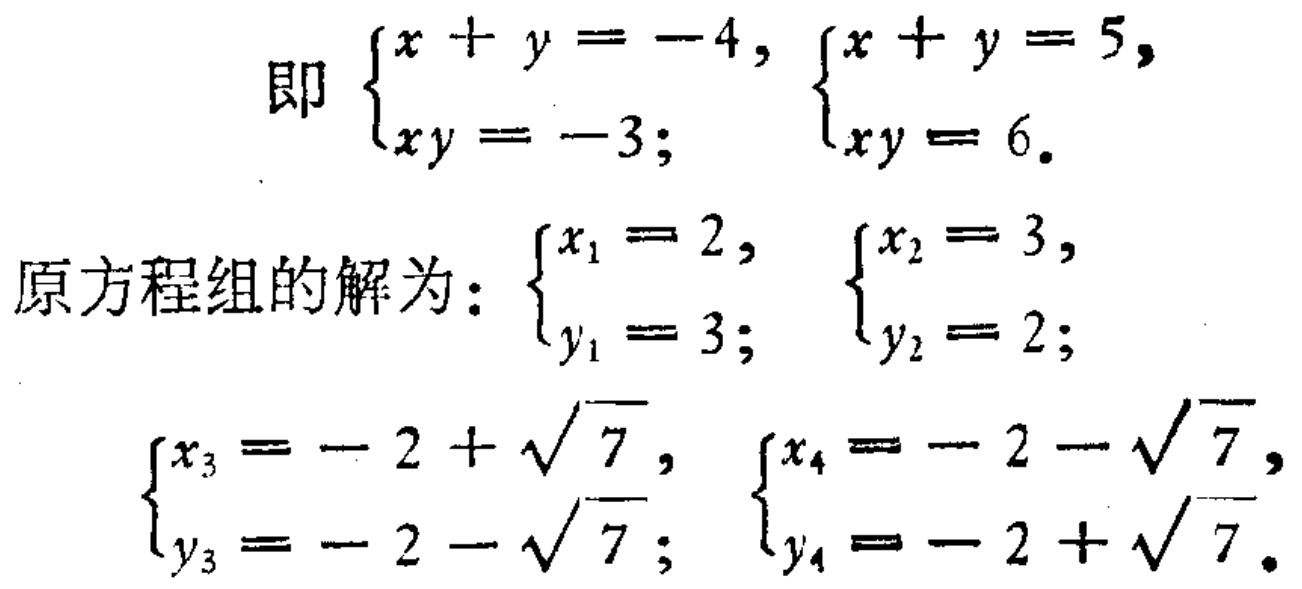
即
\(\begin{cases}
x + y = -4, \\
xy = -3;
\end{cases}\)
\(\begin{cases}
x + y = 5, \\
xy = 6.
\end{cases}\)
原方程组的解为：
\(\begin{cases}
x_1 = 2, \\
y_1 = 3;
\end{cases}\)
\(\begin{cases}
x_2 = 3, \\
y_2 = 2;
\end{cases}\)
\(\begin{cases}
x_3 = -2 + \sqrt{7}, \\
y_3 = -2 - \sqrt{7};
\end{cases}\)
\(\begin{cases}
x_4 = -2 - \sqrt{7}, \\
y_4 = -2 + \sqrt{7}.
\end{cases}\)